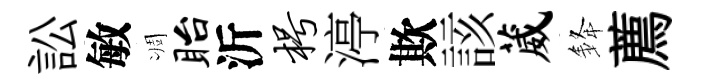
訟敏凋眙沂枵渟欺該葳𨦟薦